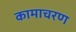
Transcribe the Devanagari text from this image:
कामाचरण